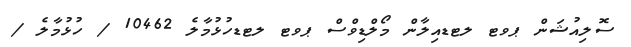
ސޮލިއުޝަން ޕވޓ ލޓޑއިލާން މޯލްޑިވްސް ޕވޓ ލޓޑހުޅުމާލެ 10462 / ހުޅުމާލެ /